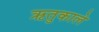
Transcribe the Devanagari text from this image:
ऋतुकाले